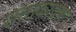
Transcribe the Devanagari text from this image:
शलाकाग्रहण